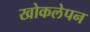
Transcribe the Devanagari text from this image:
खोकलेपन